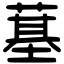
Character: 𦸀